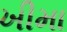
ખીમા